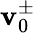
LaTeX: \mathbf{v}_{0}^{\pm}